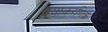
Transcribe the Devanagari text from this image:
वैयाकरणिक